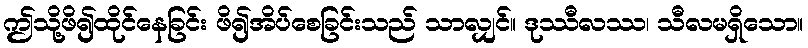
ဤသို့ဖိ၍ထိုင်နေခြင်း ဖိ၍အိပ်စေခြင်းသည် သာလျှင်။ ဒုဿီလဿ၊ သီလမရှိသော။